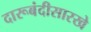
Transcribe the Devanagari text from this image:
दारूबंदीसारखे